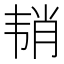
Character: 𱂉